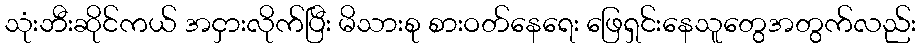
သုံးဘီးဆိုင်ကယ် အငှားလိုက်ပြီး မိသားစု စားဝတ်နေရေး ဖြေရှင်းနေသူတွေအတွက်လည်း